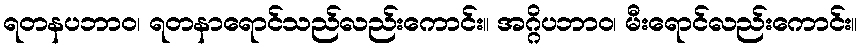
ရတနပဘာဝ၊ ရတနာရောင်သည်လည်းကောင်း။ အဂ္ဂိပဘာဝ၊ မီးရောင်လည်းကောင်း။